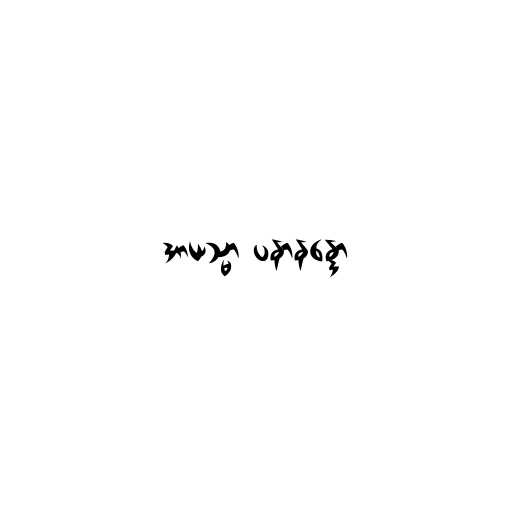
အာယသ္မာ ပနာနန္ဒော